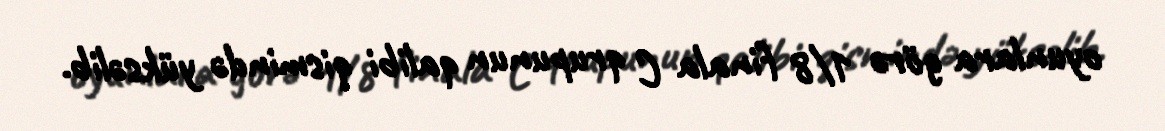
oyunlara görə 1/8 finala C qrupunun qalibi qismində yüksəlib.